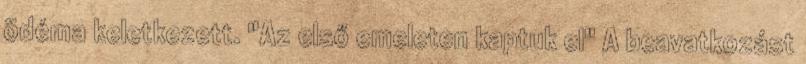
ödéma keletkezett. "Az első emeleten kaptuk el" A beavatkozást